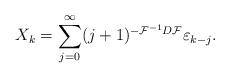
LaTeX: \begin{align*}X_{k}= \sum_{j=0}^{\infty} (j+1)^{-\mathcal{F}^{-1}D\mathcal{F}}\varepsilon_{k-j}.\end{align*}